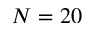
N = 2 0